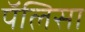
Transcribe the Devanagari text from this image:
पॅलिसा